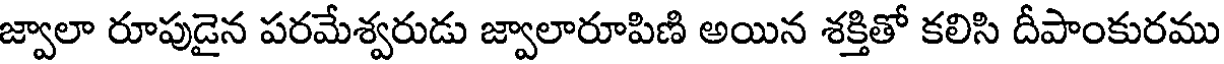
జ్వాలా రూపుడైన పరమేశ్వరుడు జ్వాలారూపిణి అయిన శక్తితో కలిసి దీపాంకురము